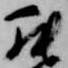
罷